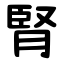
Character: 腎